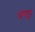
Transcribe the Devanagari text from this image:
अस्तूर